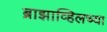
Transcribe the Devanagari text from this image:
ब्राझाव्हिलच्या